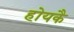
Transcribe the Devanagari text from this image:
होयकै